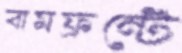
বামফ্রন্টে